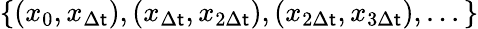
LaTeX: \{ (x_{0},x_{\Delta\mathsf{t}}),(x_{\Delta\mathsf{t}},x_{2\Delta\mathsf{t}}),(x_{2\Delta\mathsf{t}},x_{3\Delta\mathsf{t}}),...\}